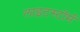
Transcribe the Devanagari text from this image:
लाइटस्टॉर्म